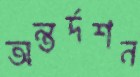
অন্তর্দশন